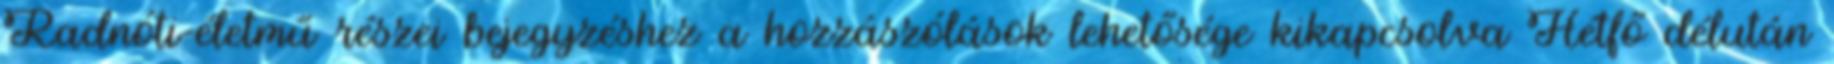
Radnóti-életmű részei bejegyzéshez a hozzászólások lehetősége kikapcsolva Hétfő délután